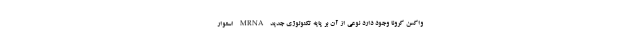
واکسن کرونا وجود دارد نوعی از آن بر پایه تکنولوژی جدید MRNA استوار